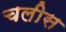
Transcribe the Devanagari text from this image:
चलीस